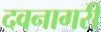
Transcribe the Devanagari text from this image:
दवनागरी